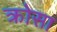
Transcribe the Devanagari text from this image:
क्रोसा